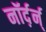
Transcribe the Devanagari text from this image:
नॉर्द़र्न्